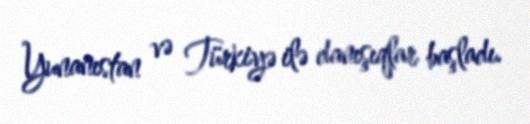
Yunanıstan və Türkiyə ilə danışıqlar başladı.